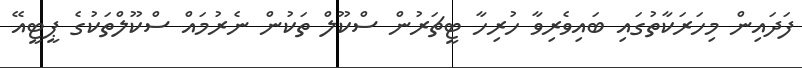
ފަދައިން މިހަރަކާތުގައި ބައިވެރިވާ ހުރިހާ ޓީޗަރުން ސްކޫލް ތަކުން ނެރުމައް ސްކޫލްތަކުގެ ޕީޓީއޭ